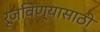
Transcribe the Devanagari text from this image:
रूजविण्यासाठी